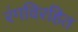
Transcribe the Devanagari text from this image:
रंगविरहित